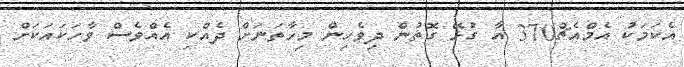
އެކަމަކު އެމްއެޗް370 އާ ގުޅޭ ގޮތުން ދިވެހިން މިހާތަނަށް ދެއްކި އެއްވެސް ވާހަކައަކަށް